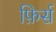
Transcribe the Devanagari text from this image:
फ़िर्स